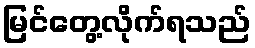
မြင်တွေ့လိုက်ရသည်